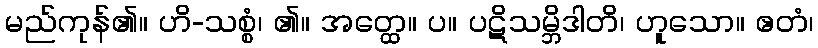
မည်ကုန်၏။ ဟိ-သစ္စံ၊ ၏။ အတ္ထေ။ ပ။ ပဋိသမ္ဘိဒါတိ၊ ဟူသော။ ဧတံ၊